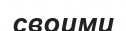
своими